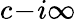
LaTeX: c\! -\! i\infty